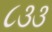
૮૩૩